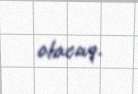
olacaq.